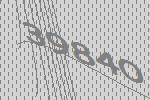
39840